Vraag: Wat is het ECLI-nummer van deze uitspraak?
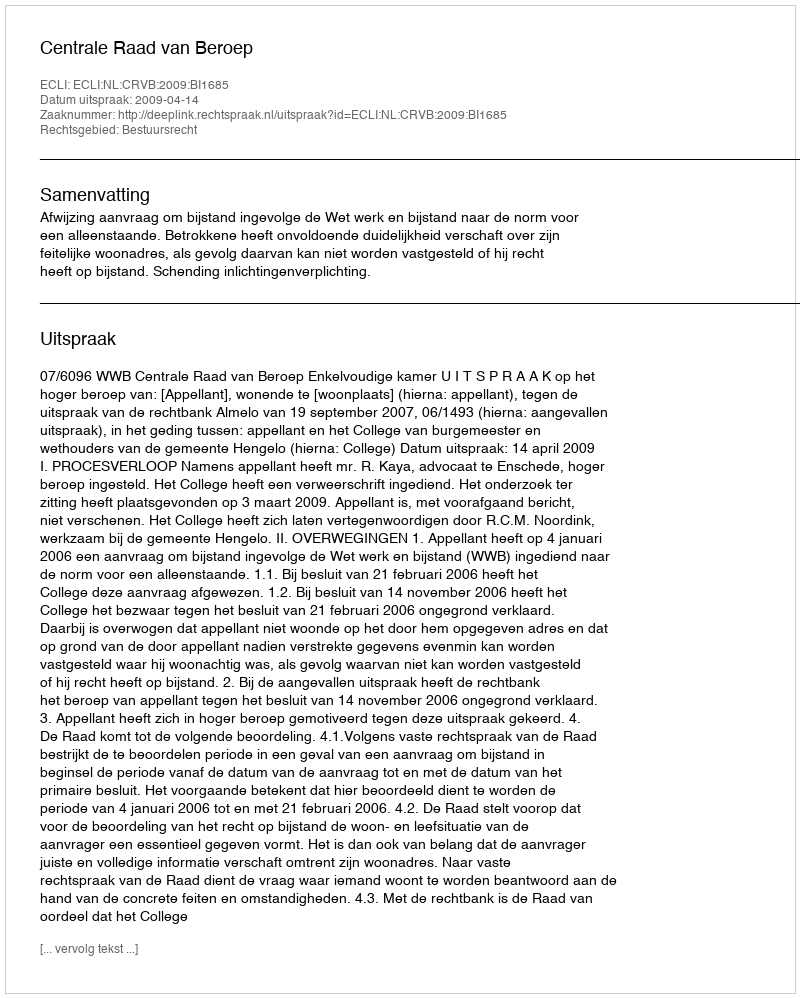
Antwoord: ECLI:NL:CRVB:2009:BI1685